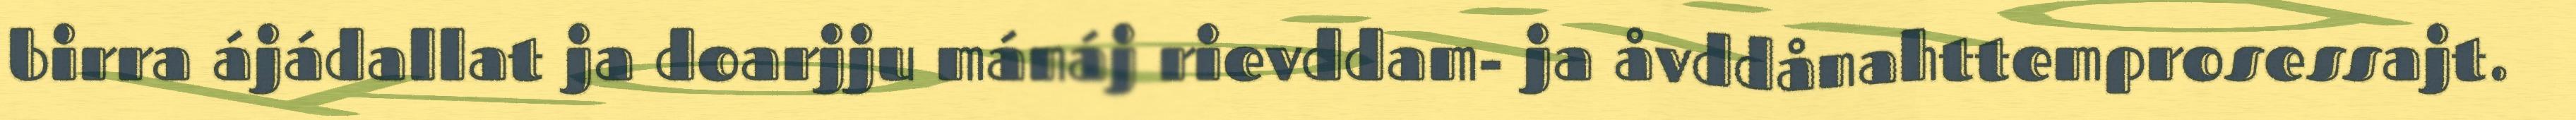
birra ájádallat ja doarjju mánáj rievddam- ja åvddånahttemprosessajt.